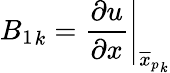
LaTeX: {B_{1}}_{k}=\left.\frac{\partial u}{\partial x}\right|_{{\overline{{x}}_{p}}_{k}}